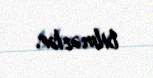
bilməzlər.